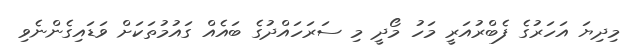
މިދިޔަ އަހަރުގެ ފެބްރުއަރީ މަހު މޯދީ މި ސަރަހައްދުގެ ބައެއް ގައުމުތަކަށް ވަޑައިގެންނެވި